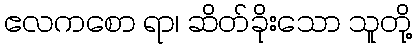
ဧလကစော ရာ၊ ဆိတ်ခိုးသော သူတို့